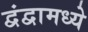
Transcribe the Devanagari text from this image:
द्वंद्वामध्ये